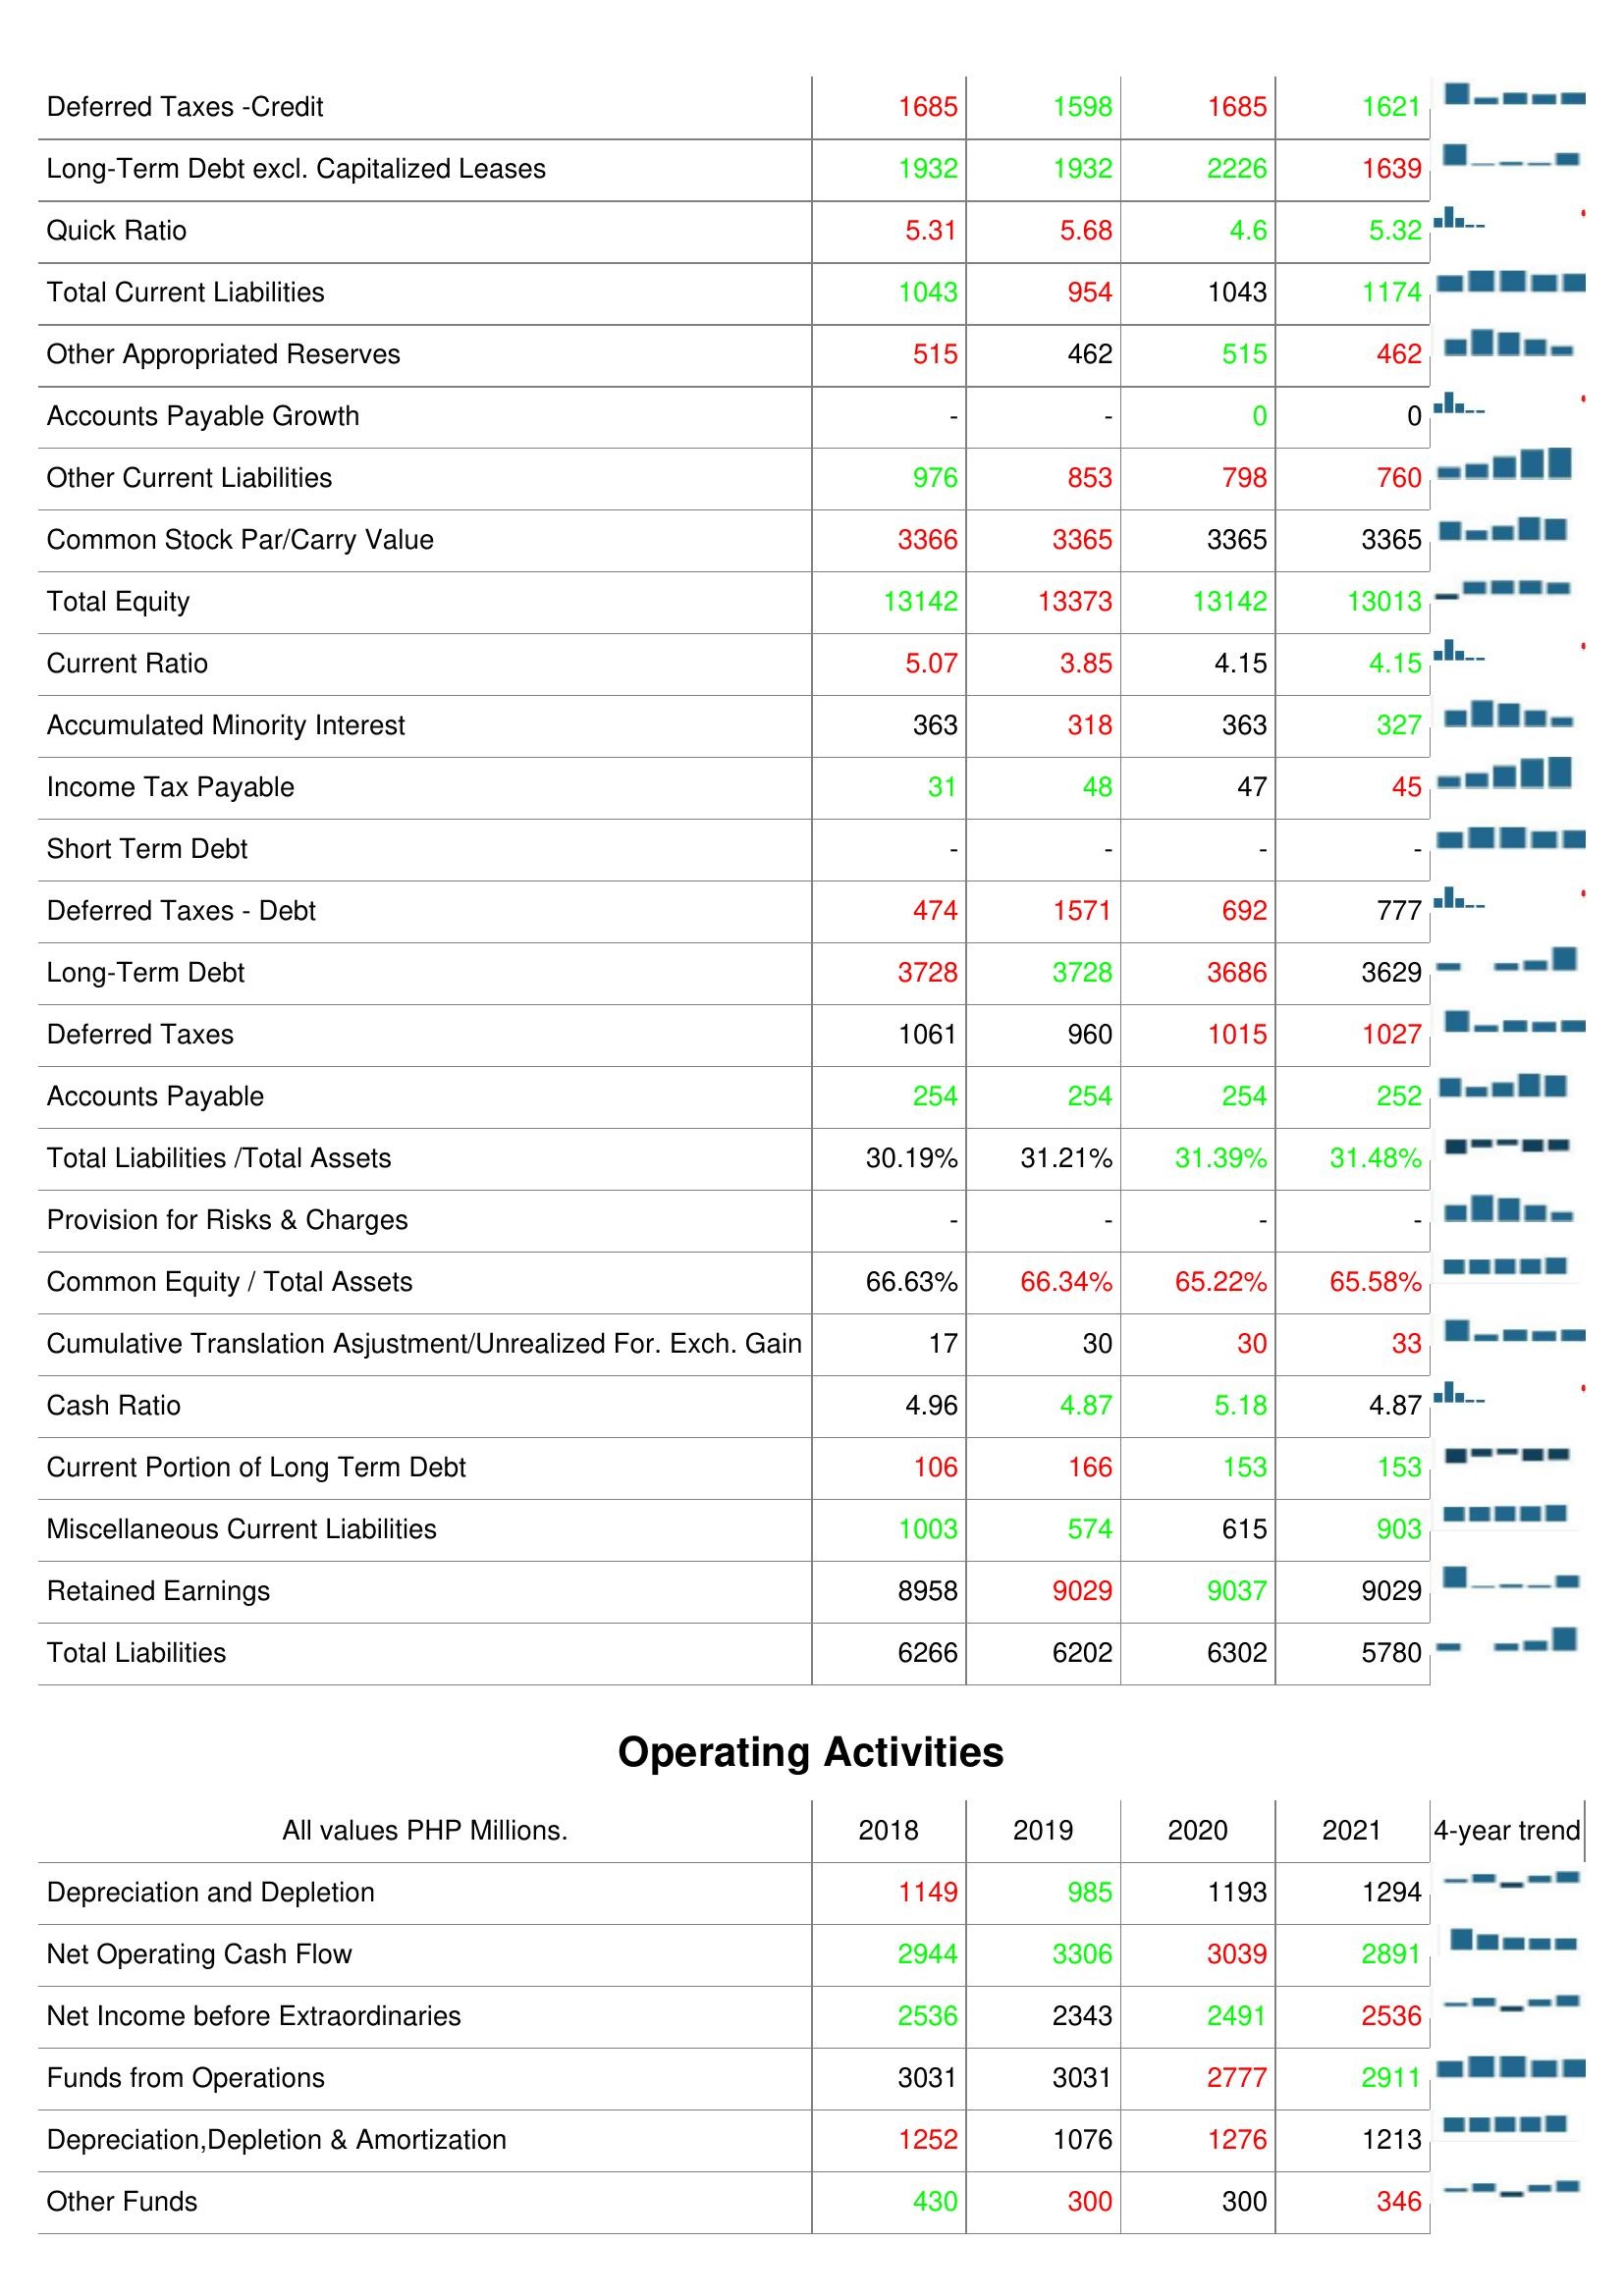
2018: Liabilities & Shareholder's Equity: Deferred Taxes -Credit: 1685
Long-Term Debt excl. Capitalized Leases: 1932
Quick Ratio: 5.31
Total Current Liabilities: 1043
Other Appropriated Reserves: 515
Accounts Payable Growth: -
Other Current Liabilities: 976
Common Stock Par/Carry Value: 3366
Total Equity: 13142
Current Ratio: 5.07
Accumulated Minority Interest: 363
Income Tax Payable: 31
Short Term Debt: -
Deferred Taxes - Debt: 474
Long-Term Debt: 3728
Deferred Taxes: 1061
Accounts Payable: 254
Total Liabilities /Total Assets: 30.19%
Provision for Risks & Charges: -
Common Equity / Total Assets: 66.63%
Cumulative Translation Asjustment/Unrealized For. Exch. Gain: 17
Cash Ratio: 4.96
Current Portion of Long Term Debt: 106
Miscellaneous Current Liabilities: 1003
Retained Earnings: 8958
Total Liabilities: 6266
Operating Activities: Depreciation and Depletion: 1149
Net Operating Cash Flow: 2944
Net Income before Extraordinaries: 2536
Funds from Operations: 3031
Depreciation,Depletion & Amortization: 1252
Other Funds: 430
2019: Liabilities & Shareholder's Equity: Deferred Taxes -Credit: 1598
Long-Term Debt excl. Capitalized Leases: 1932
Quick Ratio: 5.68
Total Current Liabilities: 954
Other Appropriated Reserves: 462
Accounts Payable Growth: -
Other Current Liabilities: 853
Common Stock Par/Carry Value: 3365
Total Equity: 13373
Current Ratio: 3.85
Accumulated Minority Interest: 318
Income Tax Payable: 48
Short Term Debt: -
Deferred Taxes - Debt: 1571
Long-Term Debt: 3728
Deferred Taxes: 960
Accounts Payable: 254
Total Liabilities /Total Assets: 31.21%
Provision for Risks & Charges: -
Common Equity / Total Assets: 66.34%
Cumulative Translation Asjustment/Unrealized For. Exch. Gain: 30
Cash Ratio: 4.87
Current Portion of Long Term Debt: 166
Miscellaneous Current Liabilities: 574
Retained Earnings: 9029
Total Liabilities: 6202
Operating Activities: Depreciation and Depletion: 985
Net Operating Cash Flow: 3306
Net Income before Extraordinaries: 2343
Funds from Operations: 3031
Depreciation,Depletion & Amortization: 1076
Other Funds: 300
2020: Liabilities & Shareholder's Equity: Deferred Taxes -Credit: 1685
Long-Term Debt excl. Capitalized Leases: 2226
Quick Ratio: 4.6
Total Current Liabilities: 1043
Other Appropriated Reserves: 515
Accounts Payable Growth: 0
Other Current Liabilities: 798
Common Stock Par/Carry Value: 3365
Total Equity: 13142
Current Ratio: 4.15
Accumulated Minority Interest: 363
Income Tax Payable: 47
Short Term Debt: -
Deferred Taxes - Debt: 692
Long-Term Debt: 3686
Deferred Taxes: 1015
Accounts Payable: 254
Total Liabilities /Total Assets: 31.39%
Provision for Risks & Charges: -
Common Equity / Total Assets: 65.22%
Cumulative Translation Asjustment/Unrealized For. Exch. Gain: 30
Cash Ratio: 5.18
Current Portion of Long Term Debt: 153
Miscellaneous Current Liabilities: 615
Retained Earnings: 9037
Total Liabilities: 6302
Operating Activities: Depreciation and Depletion: 1193
Net Operating Cash Flow: 3039
Net Income before Extraordinaries: 2491
Funds from Operations: 2777
Depreciation,Depletion & Amortization: 1276
Other Funds: 300
2021: Liabilities & Shareholder's Equity: Deferred Taxes -Credit: 1621
Long-Term Debt excl. Capitalized Leases: 1639
Quick Ratio: 5.32
Total Current Liabilities: 1174
Other Appropriated Reserves: 462
Accounts Payable Growth: 0
Other Current Liabilities: 760
Common Stock Par/Carry Value: 3365
Total Equity: 13013
Current Ratio: 4.15
Accumulated Minority Interest: 327
Income Tax Payable: 45
Short Term Debt: -
Deferred Taxes - Debt: 777
Long-Term Debt: 3629
Deferred Taxes: 1027
Accounts Payable: 252
Total Liabilities /Total Assets: 31.48%
Provision for Risks & Charges: -
Common Equity / Total Assets: 65.58%
Cumulative Translation Asjustment/Unrealized For. Exch. Gain: 33
Cash Ratio: 4.87
Current Portion of Long Term Debt: 153
Miscellaneous Current Liabilities: 903
Retained Earnings: 9029
Total Liabilities: 5780
Operating Activities: Depreciation and Depletion: 1294
Net Operating Cash Flow: 2891
Net Income before Extraordinaries: 2536
Funds from Operations: 2911
Depreciation,Depletion & Amortization: 1213
Other Funds: 346